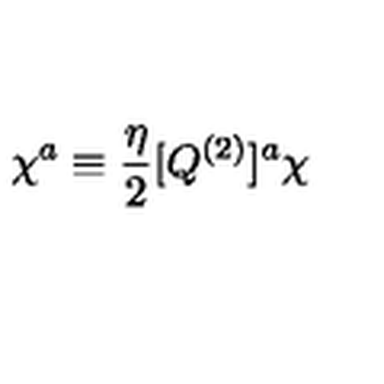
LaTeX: \chi ^ { a } \equiv { \frac { \eta } { 2 } } [ Q ^ { ( 2 ) } ] ^ { a } \chi